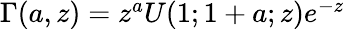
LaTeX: \begin{array}{r}{\Gamma(a,z)=z^{a}U(1;1+a;z)e^{-z}}\end{array}